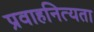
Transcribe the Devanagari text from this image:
प्रवाहनित्यता